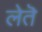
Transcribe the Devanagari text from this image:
लेतॆ